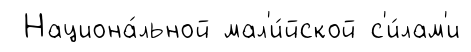
Национа́льной мал'и́йской с'и́лам'и